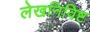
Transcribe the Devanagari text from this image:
लेखनिविष्ट